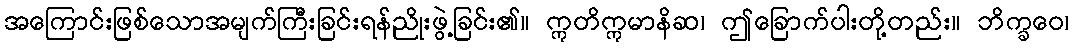
အကြောင်းဖြစ်သောအမျက်ကြီးခြင်းရန်ညိုးဖွဲ့ခြင်း၏။ ဣတိဣမာနိဆ၊ ဤခြောက်ပါးတို့တည်း။ ဘိက္ခဝေ၊